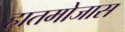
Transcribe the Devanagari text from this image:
हातमोजास